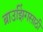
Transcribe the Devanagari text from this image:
ब्राउझिंगसाठी